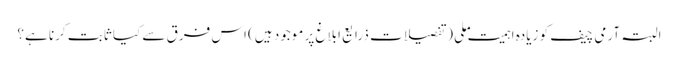
البتہ آرمی چیف کو زیادہ اہمیت ملی (تفصیلات ذرایع ابلاغ پر موجود ہیں) اس فرق سے کیا ثابت کرنا ہے؟